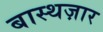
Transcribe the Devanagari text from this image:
बास्थज़ार